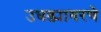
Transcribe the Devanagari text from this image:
उघड्यावरचे